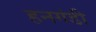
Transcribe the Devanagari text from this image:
हनगंडी